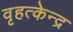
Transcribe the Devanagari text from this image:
वृहत्केन्द्र